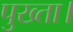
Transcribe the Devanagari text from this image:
पुख्ता।